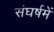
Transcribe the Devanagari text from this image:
संघर्षमें